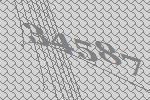
34587